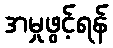
အမှုဖွင့်ရန်